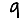
Digit: 9